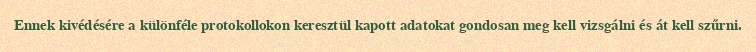
Ennek kivédésére a különféle protokollokon keresztül kapott adatokat gondosan meg kell vizsgálni és át kell szűrni.